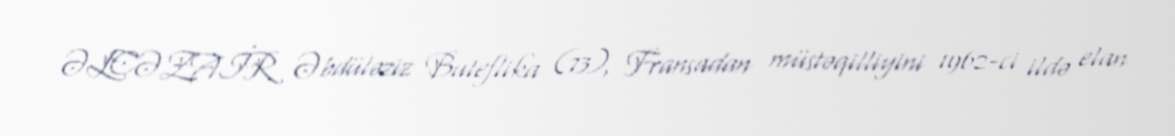
ƏLCƏZAİR Əbdüləziz Buteflika (73), Fransadan müstəqilliyini 1962-ci ildə elan